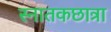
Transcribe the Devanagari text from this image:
स्नातकछात्रा